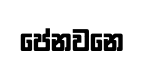
පේනවනෙ